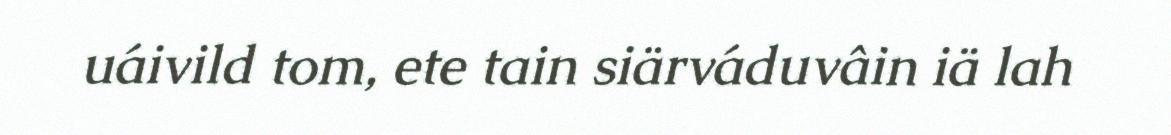
uáivild tom, ete tain siärváduvâin iä lah